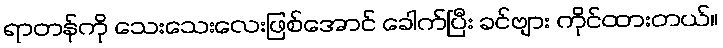
ရာတန်ကို သေးသေးလေးဖြစ်အောင် ခေါက်ပြီး ခင်ဗျား ကိုင်ထားတယ်။